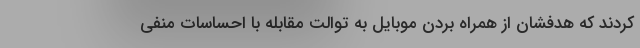
کردند که هدفشان از همراه بردن موبایل به توالت مقابله با احساسات منفی